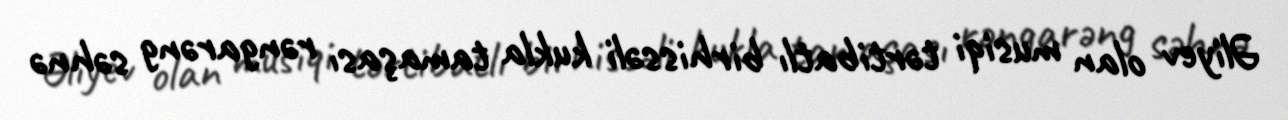
Əliyev olan musiqi tərtibatlı birhissəli kukla tamaşası rəngarəng səhnə